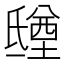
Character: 𣱑